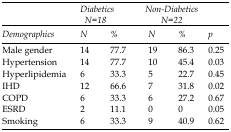
|  | <COLSPAN=2> Diabetics N=18 | <COLSPAN=2> Non-Diabetics N=22 |  |
 | Demographics | N | % | N | % | p |
 | --- | --- | --- | --- | --- | --- |
 | Male gender | 14 | 77.7 | 19 | 86.3 | 0.25 |
 | Hypertension | 14 | 77.7 | 10 | 45.4 | 0.03 |
 | Hyperlipidemia | 6 | 33.3 | 5 | 22.7 | 0.45 |
 | IHD | 12 | 66.6 | 7 | 31.8 | 0.02 |
 | COPD | 6 | 33.3 | 6 | 27.2 | 0.67 |
 | ESRD | 2 | 11.1 | 0 | 0 | 0.05 |
 | Smoking | 6 | 33.3 | 9 | 40.9 | 0.62 |